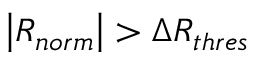
\left| R _ { n o r m } \right| > \Delta R _ { t h r e s }